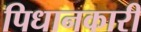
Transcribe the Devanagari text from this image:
पिधानकारी